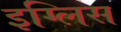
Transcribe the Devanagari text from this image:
इग्लिस